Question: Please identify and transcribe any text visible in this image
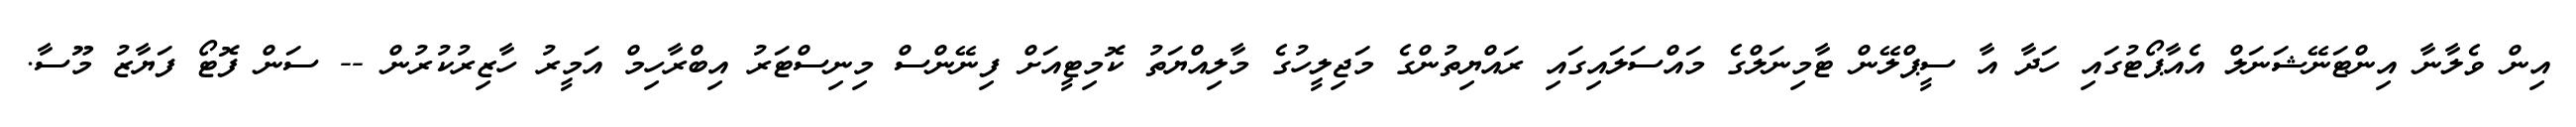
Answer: އިން ވެލާނާ އިންޓަނޭޝަނަލް އެއާޕޯޓުގައި ހަދާ އާ ސީޕްލޭން ޓާމިނަލްގެ މައްސަލައިގައި ރައްޔިތުންގެ މަޖިލީހުގެ މާލިއްޔަތު ކޮމިޓީއަށް ފިނޭންސް މިނިސްޓަރު އިބްރާހިމް އަމީރު ހާޒިރުކުރުން -- ސަން ފޮޓޯ ފަޔާޒު މޫސާ.